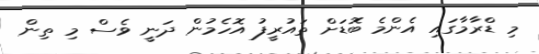
މި ޑްރާމާގައި އެންމެ ބޮޑަށް ތައުރީފު އޮހެމުން ދަނީ ވެސް މި ތިން